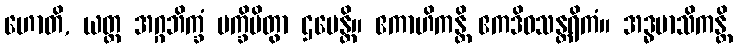
ဟောတိ, ယတ္ထ အဂ္ဂဘိက္ခံ ပက္ခိပိတွာ ဌပေန္တိ။ ဧကာဟိကန္တိ ဧကဒိဝသန္တရိကံ။ အဒ္ဓမာသိကန္တိ